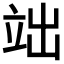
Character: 𮄬